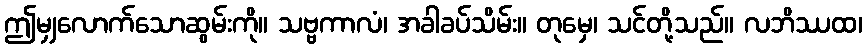
ဤမျှလောက်သောဆွမ်းကို။ သဗ္ဗကာလံ၊ အခါခပ်သိမ်း။ တုမှေ၊ သင်တို့သည်။ လဘိဿထ၊